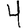
Digit: 4